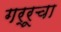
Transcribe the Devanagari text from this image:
गर्रूचा